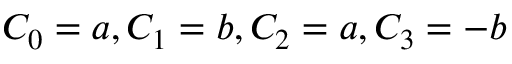
C _ { 0 } = a , C _ { 1 } = b , C _ { 2 } = a , C _ { 3 } = - b